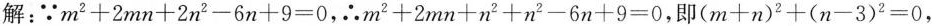
解：∵$$m ^ { 2 } + 2 m n + 2 n ^ { 2 } - 6 n + 9 = 0$$，∴$$m ^ { 2 } + 2 m n + n ^ {2 } + n ^ { 2 } - 6 n +9 = 0$$，即$$( m + n ) ^ { 2 } + ( n - 3 ) ^ { 2 } = 0$$，